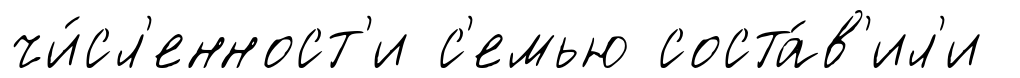
чи́сл'енност'и с'емью соста́в'ил'и